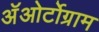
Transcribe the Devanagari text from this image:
अॅओर्टोग्राम